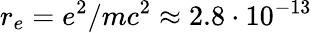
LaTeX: r_{e}=e^{2}/mc^{2}\approx 2.8\cdot 10^{-13}